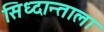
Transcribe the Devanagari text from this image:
सिध्दान्ताला